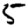
Digit: 5